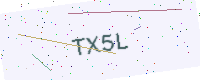
Text: TX5L